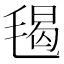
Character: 𣮷